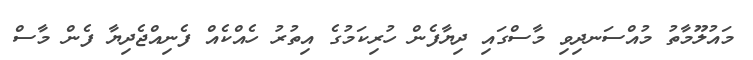
މައުލޫމާތު މުއްސަނދިވި މާސްގައި ދިޔާފެން ހުރިކަމުގެ އިތުރު ހެއްކެއް ފެނިއްޖެދިޔާ ފެން މާސް